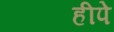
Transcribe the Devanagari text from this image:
हीपे